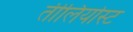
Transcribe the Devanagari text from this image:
तीलियोस्ट